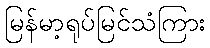
မြန်မာ့ရုပ်မြင်သံကြား